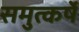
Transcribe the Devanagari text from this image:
समुत्कर्षे